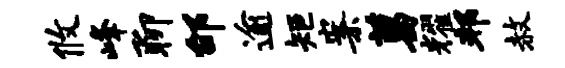
攸峰聊邰逾矩案葛耀邦赦